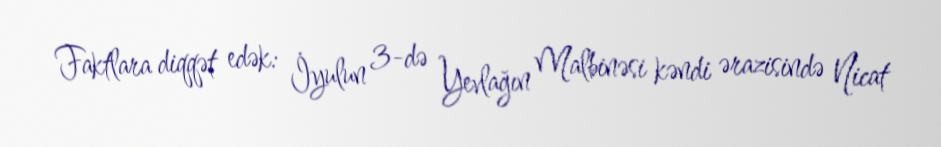
Faktlara diqqət edək: İyulun 3-də Yevlağın Malbinəsi kəndi ərazisində Nicat